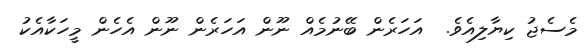
މެސެޖު ކިޔާލިއެވެ.  އަހަރެން ބޭނުމެއް ނޫން އަހަރެން ނޫން އެހެން މީހަކާއެކު